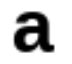
a